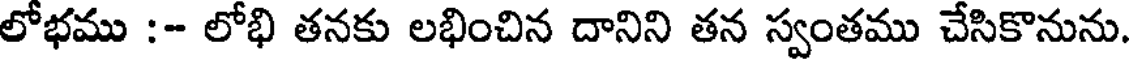
లోభము :- లోభి తనకు లభించిన దానిని తన స్వంతము చేసికొనును.